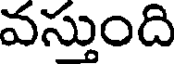
వస్తుంది